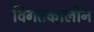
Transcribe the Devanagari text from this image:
विगतकालीन